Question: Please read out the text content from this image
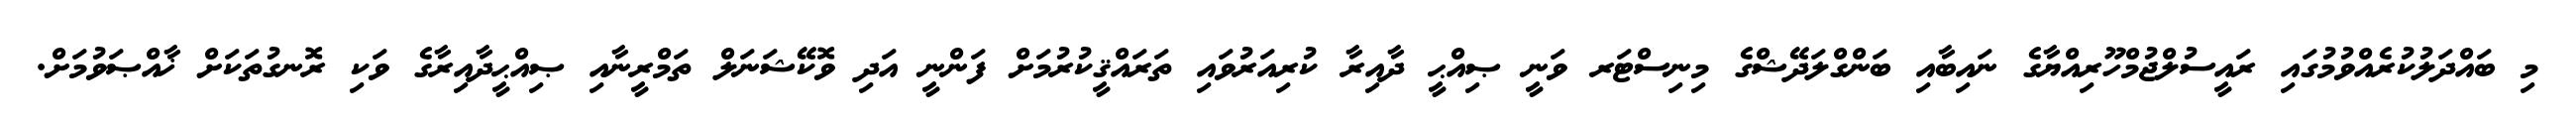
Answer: މި ބައްދަލުކުރެއްވުމުގައި ރައީސުލްޖުމްހޫރިއްޔާގެ ނައިބާއި ބަންގްލަދޭޝްގެ މިނިސްޓަރ ވަނީ ޞިއްޙީ ދާއިރާ ކުރިއަރުވައި ތަރައްޤީކުރުމަށް ފަންނީ އަދި ވޮކޭޝަނަލް ތަމްރީނާއި ޞިއްޙީދާއިރާގެ ވަކި ރޮނގުތަކަށް ޚާއްޞަވުމަށް.